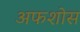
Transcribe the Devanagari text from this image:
अफशोस